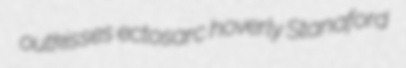
outkisses ectosarc hoverly Stanaford